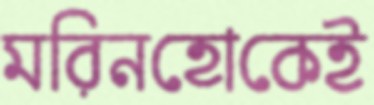
মরিনহোকেই